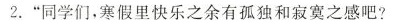
2.”同学们，寒假里快乐之余有孤独和寂寞之感吧?